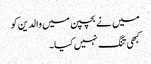
میں نے بچپن میں والدین کو
کبھی تنگ نہیں کیا۔